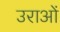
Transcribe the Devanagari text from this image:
उराओं